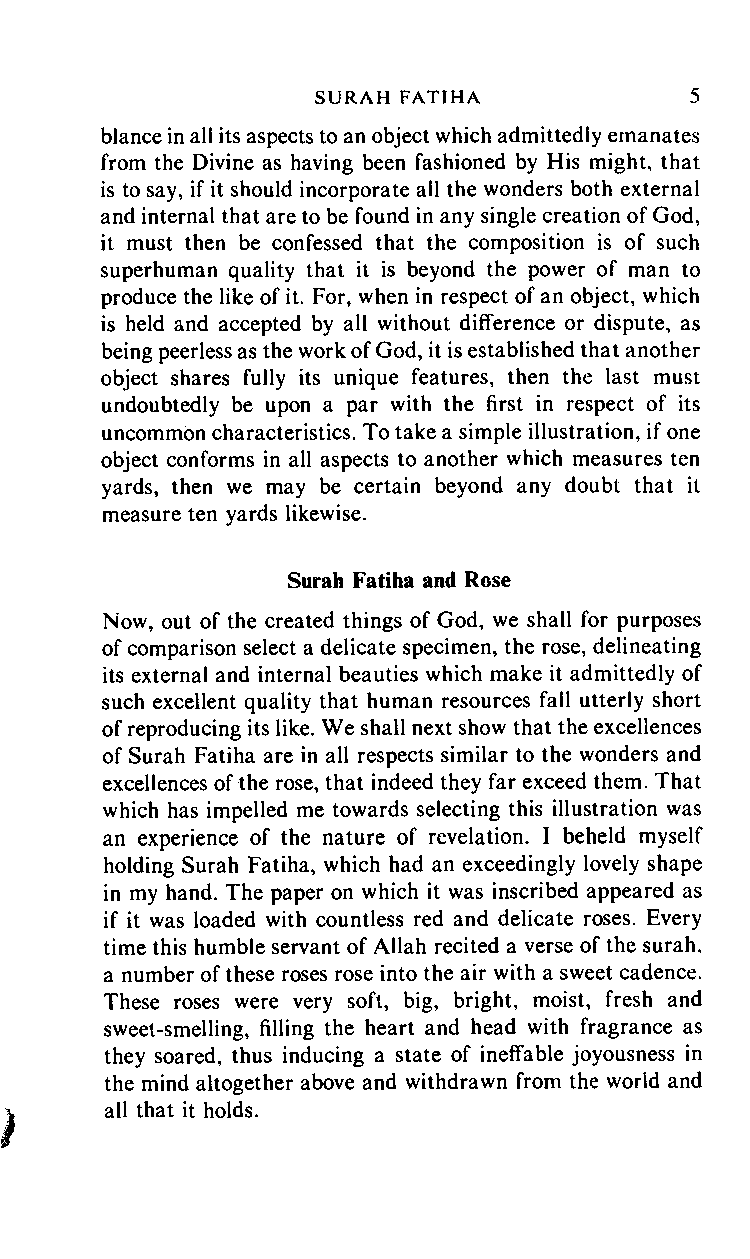
SURAH       FATIHA      5
 blance in all its aspects to an object which admittedly emanates
 from the Divine as having been fashioned by His might, that
 is to say, if it should incorporate all the wonders both external
 and internal that are to be found in any single creation of God,
 it must then be confessed that the composition is of such
 superhuman quality that it is beyond the power of man to
 produce the like of it. For, when in respect of an object, which
 is held and accepted by all without difference or dispute, as
 being peerless as the work of God, it is established that another
 object shares fully its unique features, then the last must
 undoubtedly be upon a par with the first in respect of its
 uncommon characteristics. To take a simple illustration, if one
 object conforms in all aspects to another which measures ten
 yards, then we may be certain beyond any doubt that it
 measure ten yards likewise.
 Surah Fatiha and Rose
 Now, out of the created things of God, we shall for purposes
 of comparison select a delicate specimen, the rose, delineating
 its external and internal beauties which make it admittedly of
 such excellent quality that human resources fall utterly short
 of reproducing its like. We shall next show that the excellences
 of Surah Fatiha are in all respects similar to the wonders and
 excellences of the rose, that indeed they far exceed them. That
 which has impelled me towards selecting this illustration was
 an experience of the nature of revelation. I beheld myself
 holding Surah Fatiha, which had an exceedingly lovely shape
 in my hand. The paper on which it was inscribed appeared as
 if it was loaded with countless red and delicate roses. Every
 time this humble servant of Allah recited a verse of the surah,
 a number of these roses rose into the air with a sweet cadence.
 These roses were very soft, big, bright, moist, fresh and
 sweet-smelling, filling the heart and head with fragrance as
 they soared, thus inducing a state of ineffable joyousness in
 the mind altogether above and withdrawn from the world and
 all that it holds.